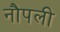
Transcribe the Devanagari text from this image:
नौपली